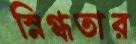
স্নিগ্ধতার